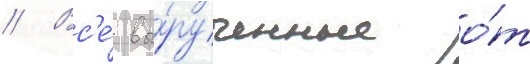
// Вс'е́ вы́рученные о́т